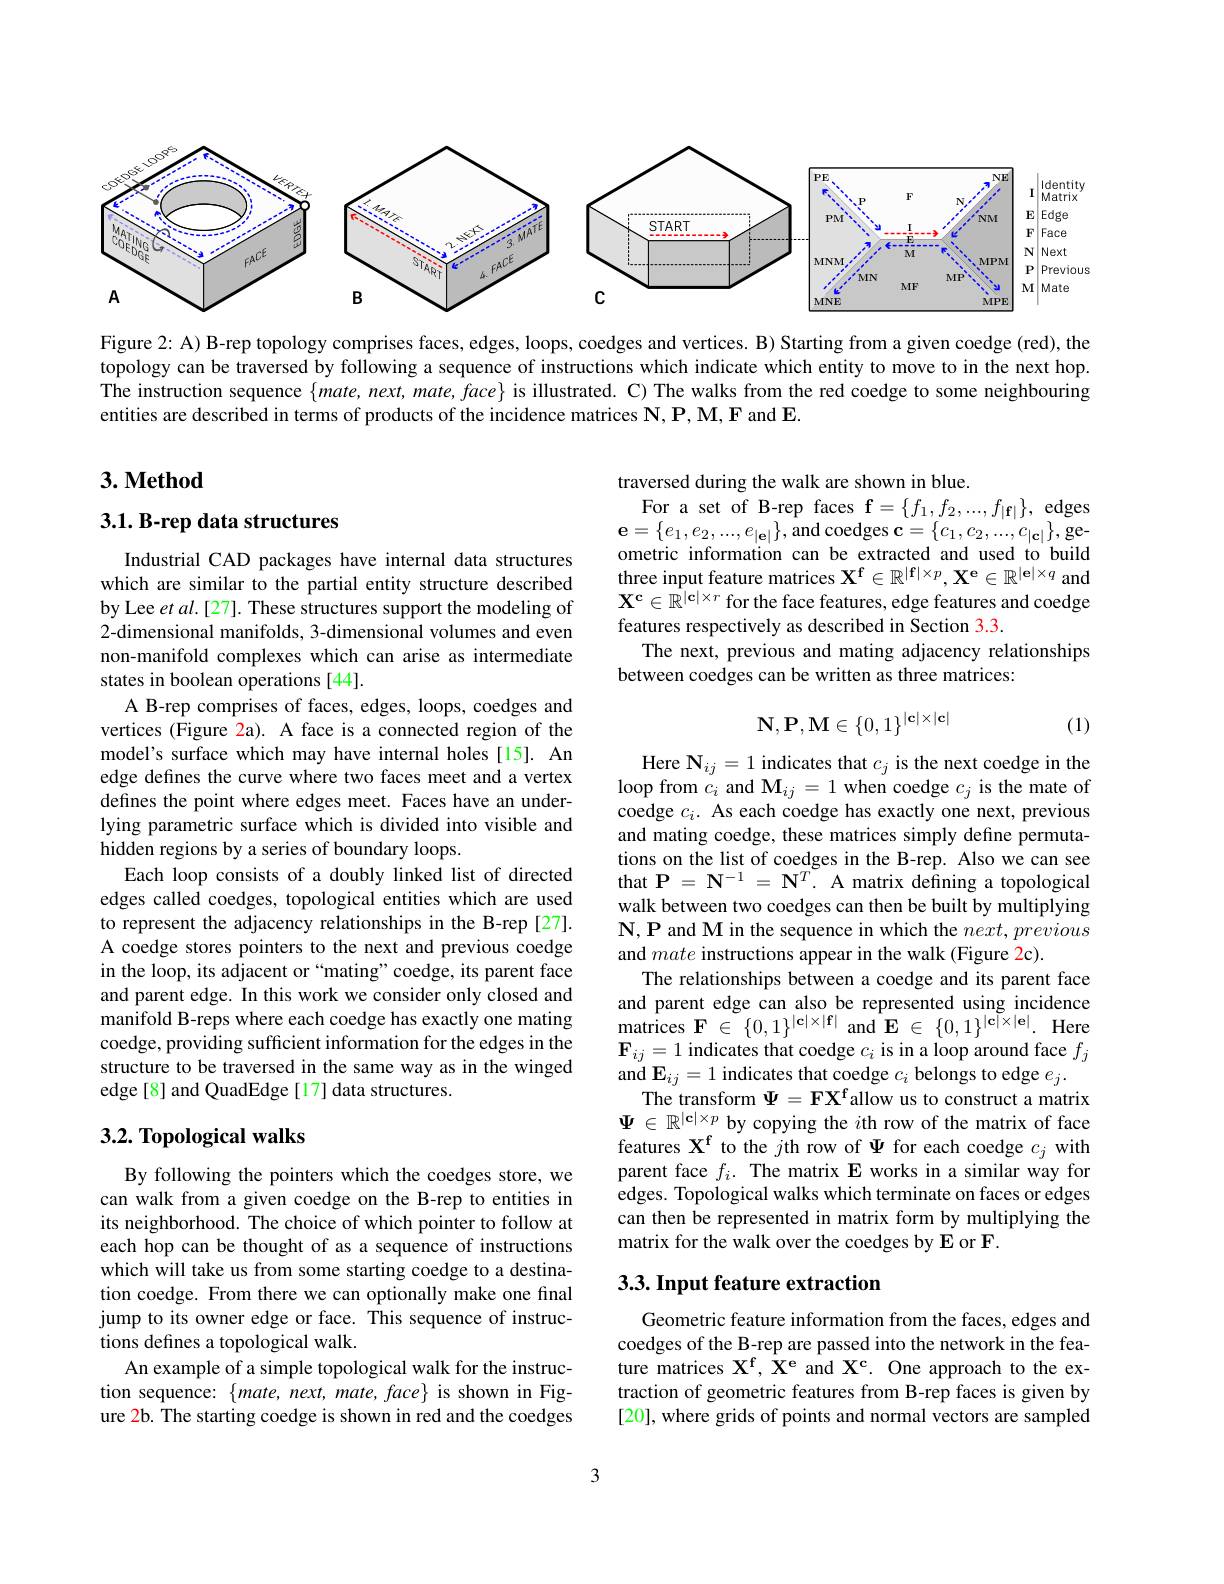
<FigureHere>

Figure 2: A) B-rep topology comprises faces, edges, loops, coedges and vertices. B) Starting from a given coedge (red), the topology can be traversed by following a sequence of instructions which indicate which entity to move to in the next hop. The instruction sequence $\{mate,next,mate,face\}$ is illustrated. C) The walks from the red coedge to some neighbouring entities are described in terms of products of the incidence matrices $\mathbf{N},\mathbf{P},\mathbf{M},\mathbf{F}$ and E.

## $3. \textbf{Method}$

## 3.1. B-rep data structures

traversed during the walk are shown in blue.
For a set of B-rep faces $\mathbf{f}=\{f_1,f_2,...,f_{|\mathbf{f}|}\}$, edges $\mathbf{e}=\{e_{1},e_{2},...,e_{|\mathbf{e}|}\}$,and coedges $\mathbf{c}=\{c_{1},c_{2},...,c_{|\mathbf{c}|}\}$,geometric information can be extracted and used to build three input feature matrices $\mathbf{X^f}\in\mathbb{R^{|f|\times p},X^e}\in\mathbb{R^{|e|\times q}}$ and $\mathbf{X}^{\mathbf{c}}\in\mathbb{R}^{|\mathbf{c}|\times r}$ for the face features, edge features and coedge features respectively as described in Section 3.3.
The next, previous and mating adjacency relationships
between coedges can be written as three matrices:
$$\mathbf{N},\mathbf{P},\mathbf{M}\in\{0,1\}^{|\mathbf{c}|\times|\mathbf{c}|}$$
(1)

Industrial CAD packages have internal data structures which are similar to the partial entity structure described by Lee $etal.[27].$ These structures support the modeling of 2-dimensional manifolds, 3-dimensional volumes and even non-manifold complexes which can arise as intermediate states in boolean operations [44].
A B-rep comprises of faces, edges, loops, coedges and vertices (Figure 2a). A face is a connected region of the model's surface which may have internal holes[15]. An edge defines the curve where two faces meet and a vertex defines the point where edges meet. Faces have an underlying parametric surface which is divided into visible and hidden regions by a series of boundary loops.
Each loop consists of a doubly linked list of directed edges called coedges, topological entities which are used to represent the adjacency relationships in the B-rep [27]. A coedge stores pointers to the next and previous coedge in the loop, its adjacent or“mating”coedge, its parent face and parent edge. In this work we consider only closed and manifold B-reps where each coedge has exactly one mating coedge, providing sufficient information for the edges in the structure to be traversed in the same way as in the winged edge[8] and QuadEdge[17] data structures.

Here $\mathbf{N}_{ij}=1$ indicates that $c_j$ is the next coedge in the loop from $c_i$ and $\mathbf{M}_{ij}=1$ when coedge $c_j$ is the mate of coedge $c_i.$ As each coedge has exactly one next, previous and mating coedge, these matrices simply define permutations on the list of coedges in the B-rep. Also we can see that $\mathbf{P}=\mathbf{N}^{-1}=\mathbf{N}^{T}.$ A matrix defining a topological walk between two coedges can then be built by multiplying $\mathbf{N},\mathbf{P}$ and M in the sequence in which the $next,previous$ and mate instructions appear in the walk (Figure 2c).
The relationships between a coedge and its parent face and parent edge can also be represented using incidence $\hat{\mathrm{matrices~F~}}\in\{0,1\}^{|\mathbf{c}|\times|\mathbf{f}|}$and$\mathbf{E~}\in\{0,1\}^{|\mathbf{c}|\times|\mathbf{e}|}.$Here $\mathbf{F}_{ij}=1$ indicates that coedge $c_i$ is in a loop around face $f_j$ and $\mathbf{E}_ij=1$ indicates that coedge $c_i$ belongs to edge $e_j.$
The transform $\Psi=\mathbf{FX}^{\mathrm{f}}$allow us to construct a matrix $\Psi\in\mathbb{R}^{|\mathbf{c}|\times p}$ by copying the $i$th row of the matrix of face features $\mathbf{X^{f}}$ to the $j$th row of $\Psi$ for each coedge $c_j$ with parent face $f_i.$ The matrix E works in a similar way for edges. Topological walks which terminate on faces or edges can then be represented in matrix form by multiplying the matrix for the walk over the coedges by E or F.

## $3. 2. \textbf{ Topological walks}$

## 3.3. Input feature extraction

By following the pointers which the coedges store, we can walk from a given coedge on the B-rep to entities in its neighborhood. The choice of which pointer to follow at each hop can be thought of as a sequence of instructions which will take us from some starting coedge to a destination coedge. From there we can optionally make one final jump to its owner edge or face. This sequence of instructions defines a topological walk.
An example of a simple topological walk for the instruction sequence: $\{mate,next,mate,face\}$ is shown in Figure 2b. The starting coedge is shown in red and the coedges

Geometric feature information from the faces, edges and coedges of the B-rep are passed into the network in the feature matrices $\mathbf{X^f,X^e}$ and $\mathbf{X^c.~One~approach~to~the~ex-}$ traction of geometric features from B-rep faces is given by [20], where grids of points and normal vectors are sampled

3